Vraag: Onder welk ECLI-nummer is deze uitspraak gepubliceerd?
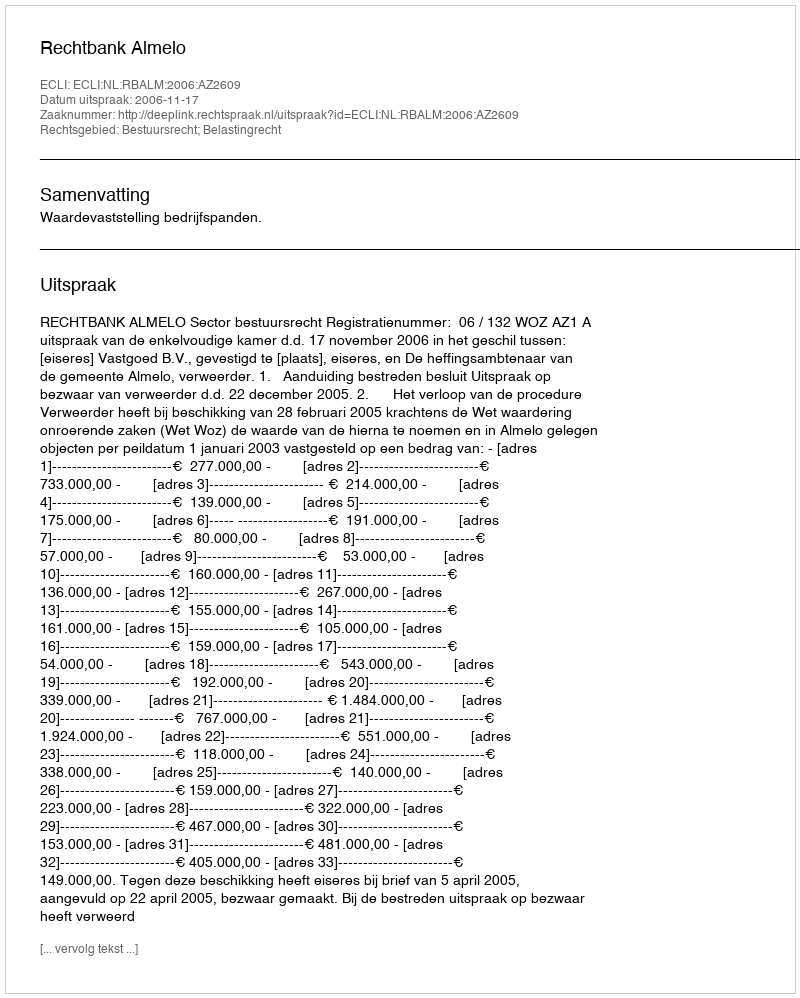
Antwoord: ECLI:NL:RBALM:2006:AZ2609